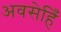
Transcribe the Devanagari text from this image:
अवसेहिँ